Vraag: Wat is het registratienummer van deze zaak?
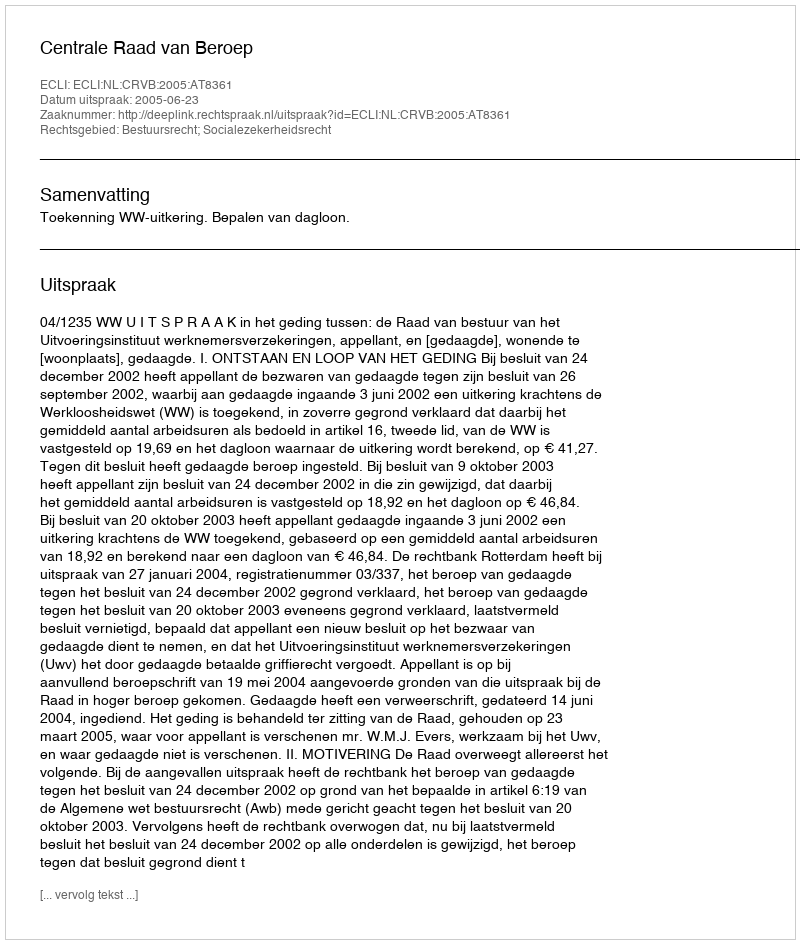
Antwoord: http://deeplink.rechtspraak.nl/uitspraak?id=ECLI:NL:CRVB:2005:AT8361